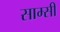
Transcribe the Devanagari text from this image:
साम्सी